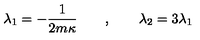
\lambda _ { 1 } = - { \frac { 1 } { 2 m \kappa } } \qquad , \qquad \lambda _ { 2 } = 3 \lambda _ { 1 }